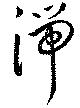
湍